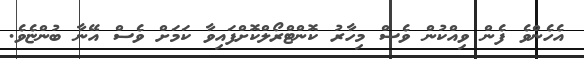
އެހެންވެ ފެން ވިއްކުން ވެސް މިހާރު ކޮންޓްރޯލްކޮށްފައިވާ ކަމަށް ވެސް އޭނާ ބުންޏެވެ.